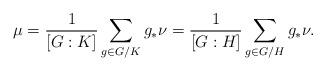
LaTeX: \begin{align*} \mu = \frac{1}{\left[G:K\right]} \sum_{g\in G/K} g_* \nu = \frac{1}{\left[G:H\right]} \sum_{g\in G/H} g_* \nu.\end{align*}